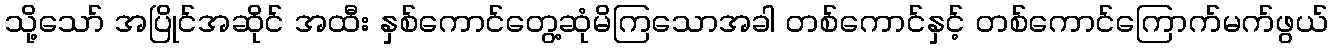
သို့သော် အပြိုင်အဆိုင် အထီး နှစ်ကောင်တွေ့ဆုံမိကြသောအခါ တစ်ကောင်နှင့် တစ်ကောင်ကြောက်မက်ဖွယ်